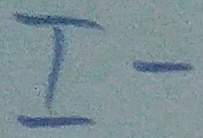
Text: I-